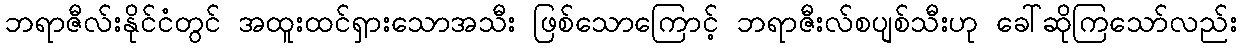
ဘရာဇီလ်းနိုင်ငံတွင် အထူးထင်ရှားသောအသီး ဖြစ်သောကြောင့် ဘရာဇီးလ်စပျစ်သီးဟု ခေါ်ဆိုကြသော်လည်း